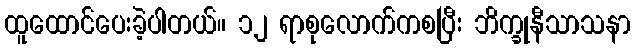
ထူထောင်ပေးခဲ့ပါတယ်။ ၁၂ ရာစုလောက်ကစပြီး ဘိက္ခုနီသာသနာ